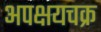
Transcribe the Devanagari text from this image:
अपक्षयचक्र